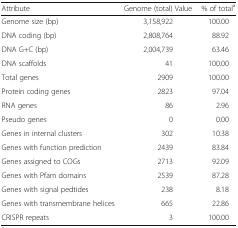
<table><thead><tr><td><b>Attribute</b></td><td><b>Genome (total) Value</b></td><td><b>% of total<sup>a</sup></b></td></tr></thead><tbody><tr><td>Genome size (bp)</td><td>3,158,922</td><td>100.00</td></tr><tr><td>DNA coding (bp)</td><td>2,808,764</td><td>88.92</td></tr><tr><td>DNA G+C (bp)</td><td>2,004,739</td><td>63.46</td></tr><tr><td>DNA scaffolds</td><td>41</td><td>100.00</td></tr><tr><td>Total genes</td><td>2909</td><td>100.00</td></tr><tr><td>Protein coding genes</td><td>2823</td><td>97.04</td></tr><tr><td>RNA genes</td><td>86</td><td>2.96</td></tr><tr><td>Pseudo genes</td><td>0</td><td>0.00</td></tr><tr><td>Genes in internal clusters</td><td>302</td><td>10.38</td></tr><tr><td>Genes with function prediction</td><td>2439</td><td>83.84</td></tr><tr><td>Genes assigned to COGs</td><td>2713</td><td>92.09</td></tr><tr><td>Genes with Pfam domains</td><td>2539</td><td>87.28</td></tr><tr><td>Genes with signal pedtides</td><td>238</td><td>8.18</td></tr><tr><td>Genes with transmembrane helices</td><td>665</td><td>22.86</td></tr><tr><td>CRISPR repeats</td><td>3</td><td>100.00</td></tr></tbody></table>